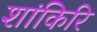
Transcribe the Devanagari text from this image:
शांकिरि